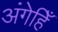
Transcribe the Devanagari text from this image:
अंगेहिँ